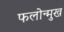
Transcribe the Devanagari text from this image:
फलोन्मुख